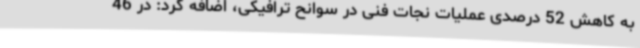
به کاهش 52 درصدی عملیات نجات فنی در سوانح ترافیکی، اضافه کرد: در 46